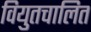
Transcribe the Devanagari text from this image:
वियुतचालित